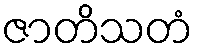
ဇာတိသတံ